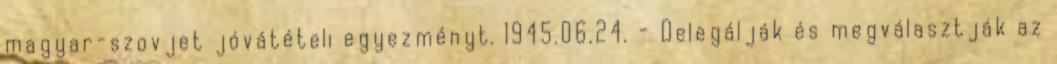
magyar-szovjet jóvátételi egyezményt. 1945.06.24. - Delegálják és megválasztják az